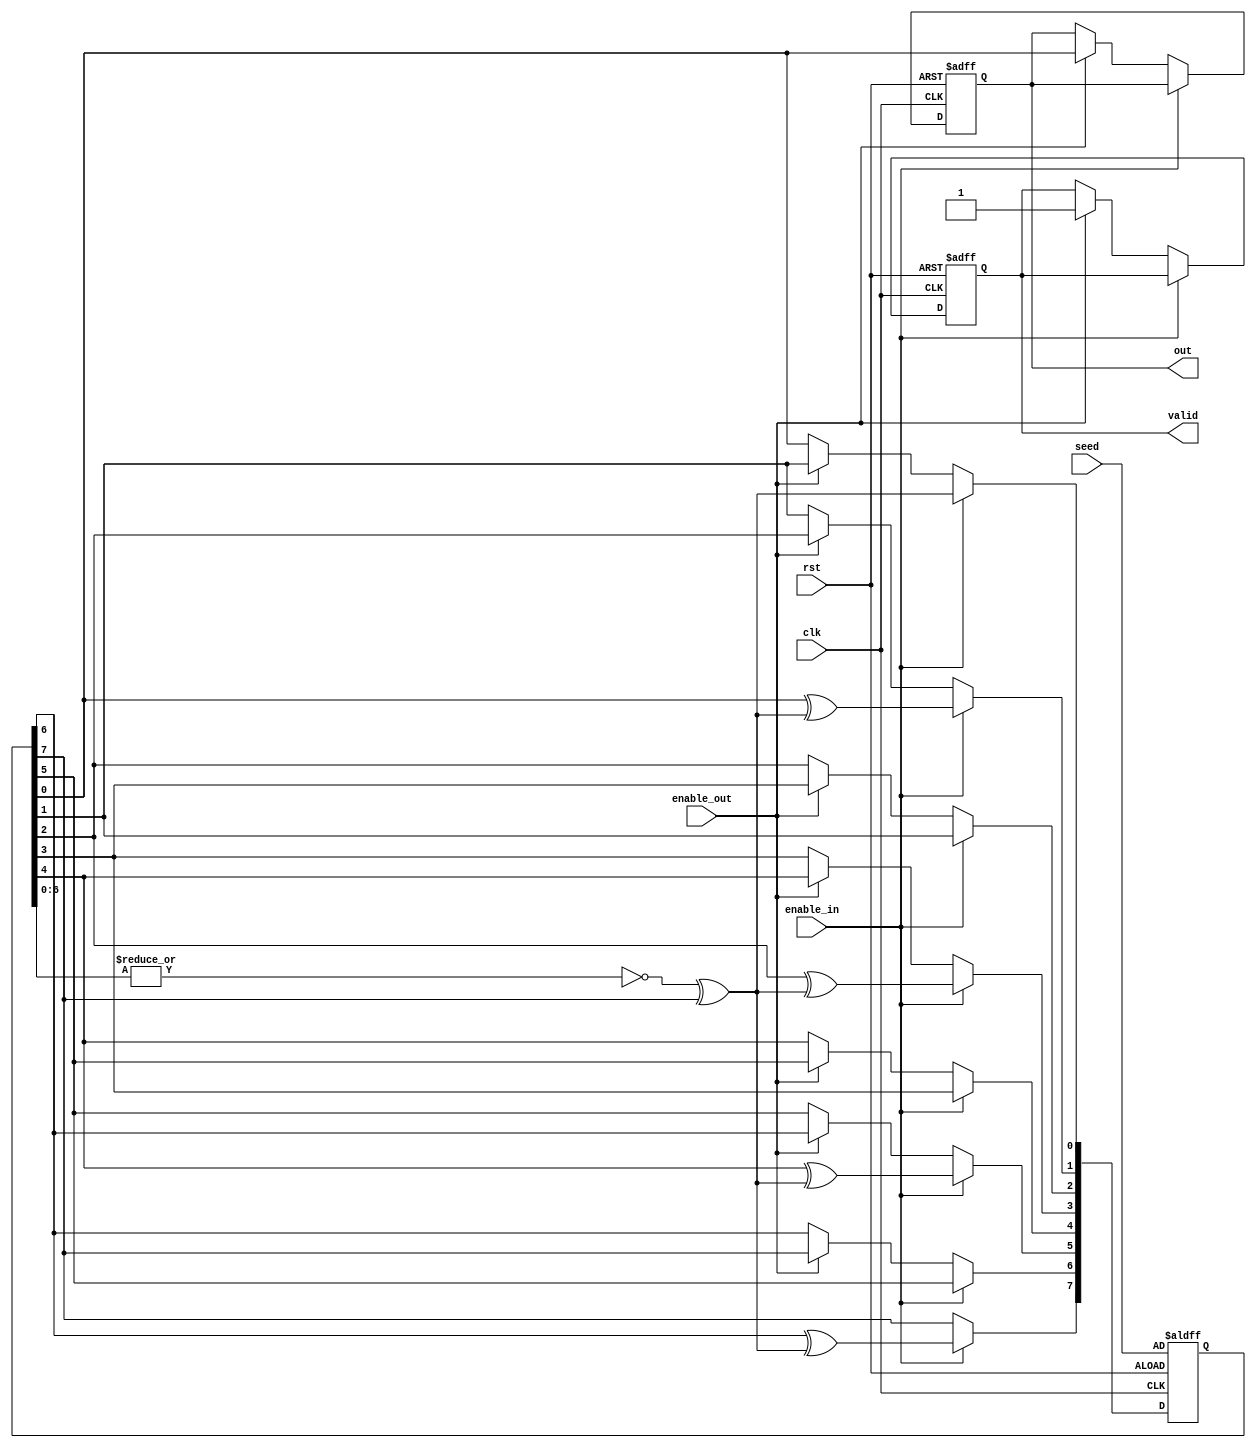
module LFSR (
  input wire clk , rst , enable_in , enable_out ,
  input wire [7:0] seed  ,
  output reg out , valid 
  );
  
  integer i;
  parameter [7:0] taps = 8'b10101010; 
  reg [7:0] lfsr;
  wire bits0_6 , feedback;
  assign bits0_6 = ~|lfsr[6:0];
  assign feedback =bits0_6 ^ lfsr[7];
 /*------------------------------------------------
 -------------------------------------------------- 
 */
  always @(posedge clk or negedge rst)
  begin
    if (!rst)
      begin
        lfsr <= seed ;
        valid <= 1'b0;
        out <= 1'b0;
      end
//#########################################      
    else if (enable_in)
      begin
        lfsr[0] <= feedback ;
        for(i=7;i>=1;i=i-1)
        if (taps[i]==0)
          lfsr[i]<=lfsr[i-1];
        else
          lfsr[i] <= lfsr[i-1] ^feedback;
      end
//##########################################      
    else if (enable_out)
      begin
        valid <= 1'b1;
        {lfsr[6:0] , out } <= lfsr;
      end
 //########################################3
    end
  endmodule